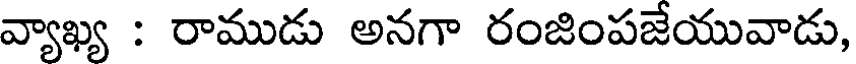
వ్యాఖ్య : రాముడు అనగా రంజింపజేయువాడు,